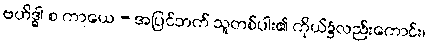
ဗဟိဒ္ဓါ စ ကာယေ - အပြင်ဘက် သူတစ်ပါး၏ ကိုယ်၌လည်းကောင်း၊